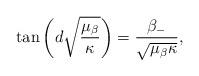
LaTeX: \begin{align*} \tan\left(d \sqrt{\frac{\mu_\beta}{\kappa}} \right) = \frac{\beta_-}{\sqrt{\mu_\beta \kappa}},\end{align*}